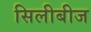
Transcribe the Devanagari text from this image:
सिलीबीज